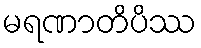
မရဏာတိပိဿ